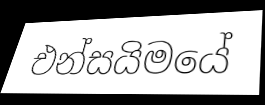
එන්සයිමයේ